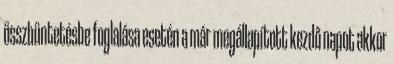
összbüntetésbe foglalása esetén a már megállapított kezdő napot akkor